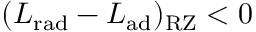
( L _ { \mathrm { r a d } } - L _ { \mathrm { a d } } ) _ { \mathrm { R Z } } < 0